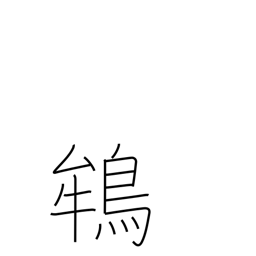
Meaning: crested ibis